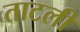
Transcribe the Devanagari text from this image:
ताटली